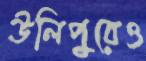
উলিপুরেও